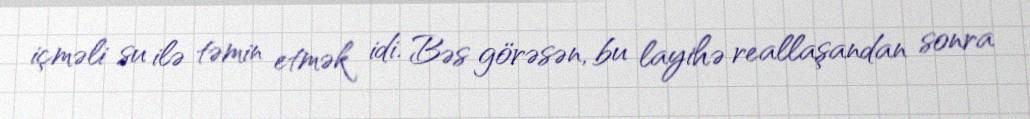
içməli su ilə təmin etmək idi. Bəs görəsən, bu layihə reallaşandan sonra